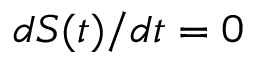
d S ( t ) / d t = 0